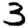
Digit: 3